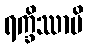
ရက္ခိဿာမိ